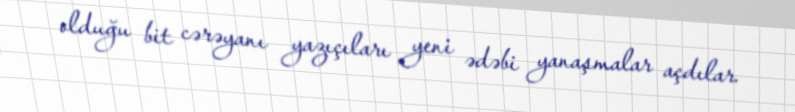
olduğu bit cərəyanı yazıçıları yeni ədəbi yanaşmalar açdılar.